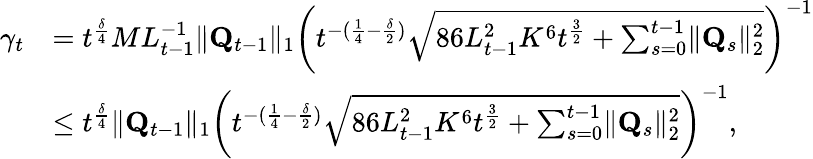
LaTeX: \begin{array}{rl}{\gamma_{t}}&{=t^{\frac\delta 4}ML_{t-1}^{-1}\lVert\mathbf Q_{t-1}\rVert_{1}\left(t^{-(\frac 14-\frac\delta 2)}\sqrt{86L_{t-1}^{2}K^{6}t^{\frac 32}+\sum_{s=0}^{t-1}\lVert\mathbf Q_{s}\rVert_{2}^{2}}\right)^{-1}}\\ &{\le t^{\frac\delta 4}\lVert\mathbf Q_{t-1}\rVert_{1}\left(t^{-(\frac 14-\frac\delta 2)}\sqrt{86L_{t-1}^{2}K^{6}t^{\frac 32}+\sum_{s=0}^{t-1}\lVert\mathbf Q_{s}\rVert_{2}^{2}}\right)^{-1},}\end{array}